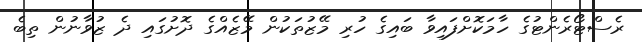
ރެސްޓޯރެންޓުގެ ހާމަކޮށްފައިވާ ބައިގެ ހުރި މޭޒުތަކުން މޭޒެއްގެ ދޮށުގައި ދެ ޒުވާނުން ތިބެ